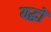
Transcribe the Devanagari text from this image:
यद्धों